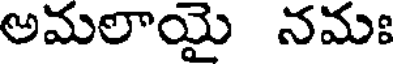
అమలాయై నమః